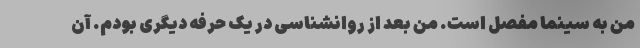
من به سینما مفصل است. من بعد از روانشناسی در یک حرفه دیگری بودم. آن